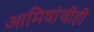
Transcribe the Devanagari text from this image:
आमिषांचीही